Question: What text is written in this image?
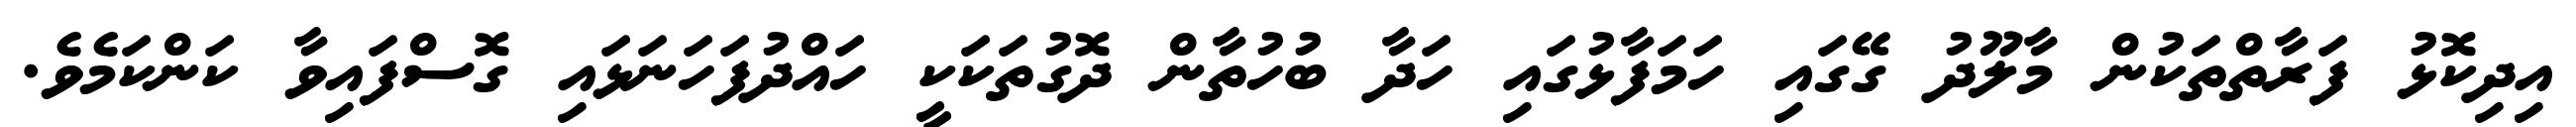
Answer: އިދިކޮޅު ފަރާތްތަކުން މާލޫދު ގޭގައި ހަމަފާޅުގައި ހަދާ ބުހުތާން ދޮގުތަކަކީ ހައްދުފަހަނަޅައި ގޮސްފައިވާ ކަންކަމެވެ.